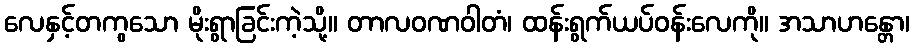
လေနှင့်တကွသော မိုးရွာခြင်းကဲ့သို့။ တာလဝဏဝါတံ၊ ထန်းရွက်ယပ်ဝန်းလေကို။ အသာဟန္တော၊